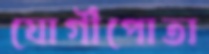
যোগীপোতা